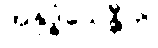
အနုဒ္ဓံသေန္တီတိ